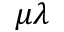
\mu \lambda